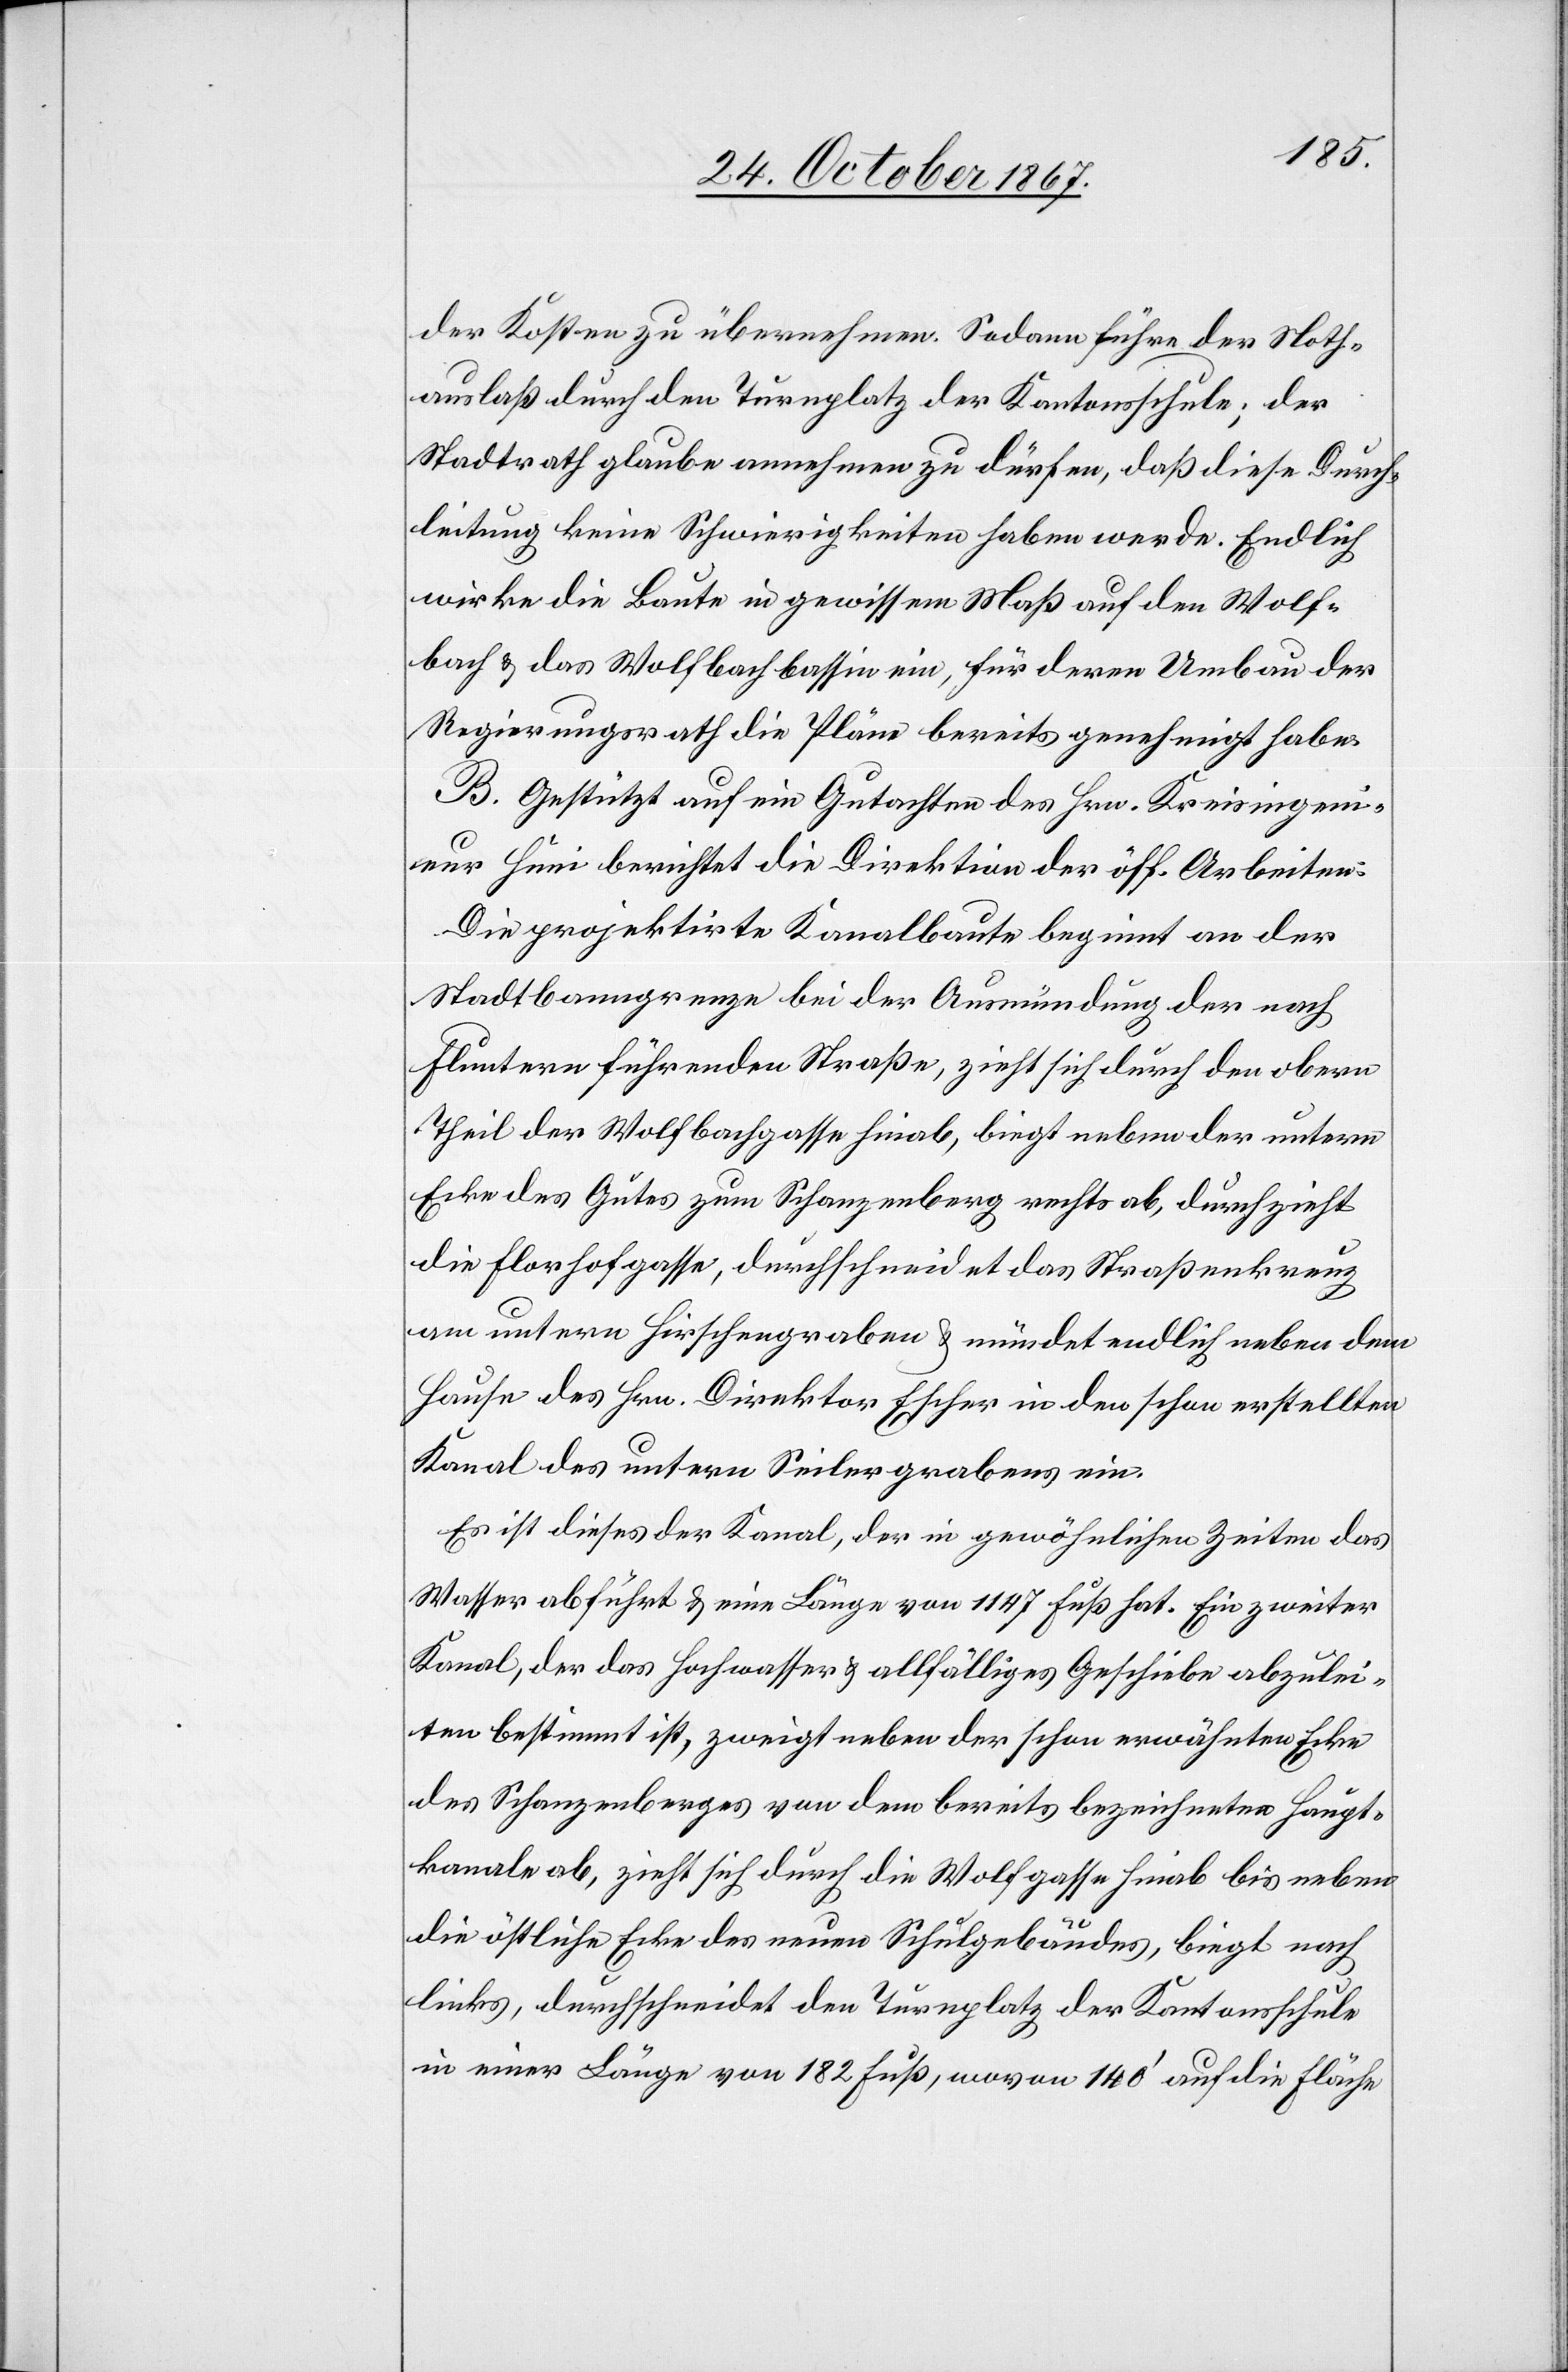
der Kosten zu übernehmen. Sodann führe der Noth¬
auslaß durch den Turnplatz der Kantonsschule; der
Stadtrath glaube annehmen zu dürfen, daß diese Durch¬
leitung keine Schwierigkeiten haben werde. Endlich
wirke die Baute in gewissem Maß auf den Wolf¬
bach u. das Wolfbachbassin ein, für deren Umbau der
Regierungsrath die Pläne bereits genehmigt habe.
B. Gestützt auf ein Gutachten des Hrn. Kreisingeni¬
eur Hüni berichtet die Direktion der öff. Arbeiten:
Die projektirte Kanalbaute beginnt an der
Stadtbanngrenze bei der Ausmündung der nach
Fluntern führenden Straße, zieht sich durch den obern
Theil der Wolfbachgasse hinab, biegt neben der untern
Ecke des Gutes zum Schanzenberg rechts ab, durchzieht
die Florhofgasse, durchschneidet das Straßenkreuz
am untern Hirschengraben u. mündet endlich neben dem
Hause des Hrn. Direktor Escher in den schon erstellten
Kanal des untern Seilergrabens ein.
Es ist dieses der Kanal, der in gewöhnlichen Zeiten das
Wasser abführt u. eine Länge von 1147 Fuß hat. Ein zweiter
Kanal, der das Hochwasser u. allfälliges Geschiebe abzulei¬
ten bestimmt ist, zweigt neben der schon erwähnten Ecke
des Schanzengrabens von dem bereits bezeichneten Haupt¬
kanale ab, zieht sich durch die Wolfgasse hinab bis neben
die östliche Ecke des neuen Schulgebäudes, biegt nach
links, durchschneidet den Turnplatz der Kantonsschule
in einer Länge von 182 Fuß, wovon 140‘ auf die Fläche